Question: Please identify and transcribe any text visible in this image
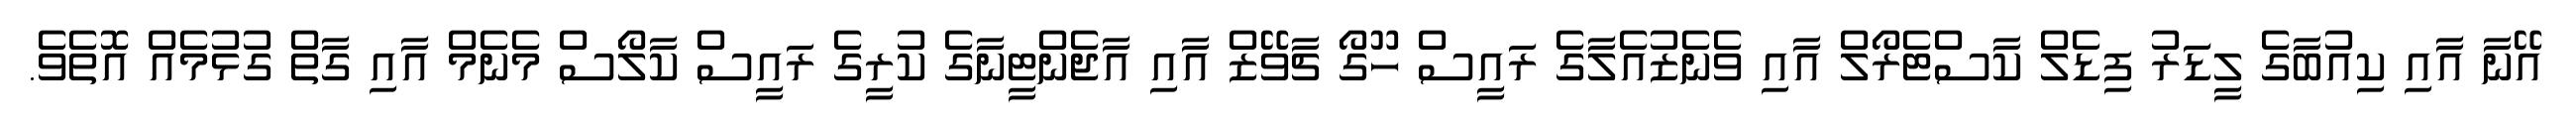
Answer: އޭނާ އާއި ކިއުބާގެ ލީޑަަރު ފިޑެލް ކާސްޓެރޯލް އާއި ވެނެޒުއެލާގެ ރައީސް ހޫގޯ ޗާވޭޒް އާއި އާޖެންޓީނާގެ ކުރީގެ ރައީސް ކާލޯސް މެނެމް އާއި ގާތް ގުޅުމެއް އޮތެވެ.